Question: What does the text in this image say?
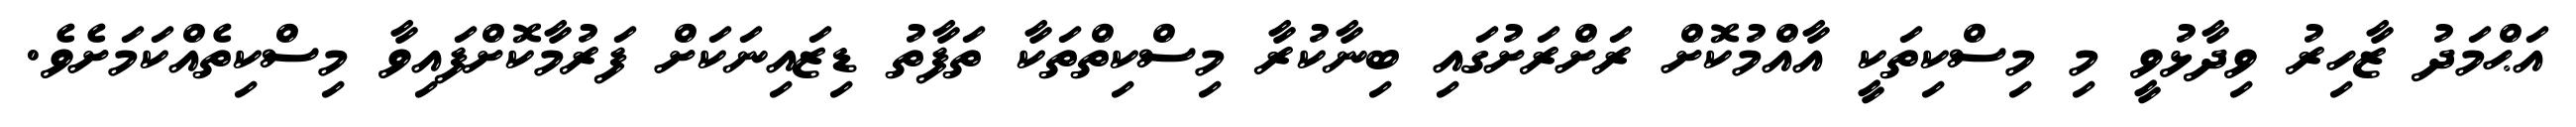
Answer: އަޙްމަދު ޒާހިރު ވިދާޅުވީ މި މިސްކިތަކީ އާއްމުކޮށް ރަށްރަށުގައި ބިނާކުރާ މިސްކިތްތަކާ ތަފާތު ޑިޒައިނަކަށް ފަރުމާކޮށްފައިވާ މިސްކިތެއްކަމަށެވެ.